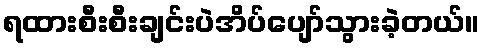
ရထားစီးစီးချင်းပဲအိပ်ပျော်သွားခဲ့တယ်။